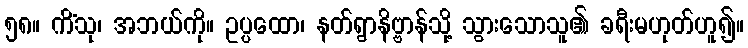
၅၈။ ကိံသု၊ အဘယ်ကို။ ဥပ္ပထော၊ နတ်ရွာနိဗ္ဗာန်သို့ သွားသောသူ၏ ခရီးမဟုတ်ဟူ၍။